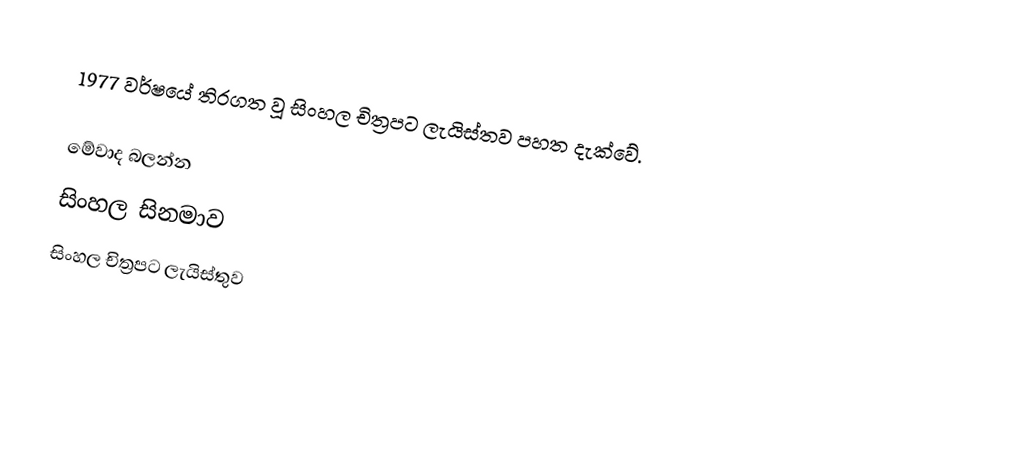
1977 වර්ෂයේ තිරගත වූ සිංහල චිත්‍රපට ලැයිස්තව පහත දැක්වේ.

මේවාද බලන්න
 සිංහල සිනමාව
 සිංහල චිත්‍රපට ලැයිස්තුව